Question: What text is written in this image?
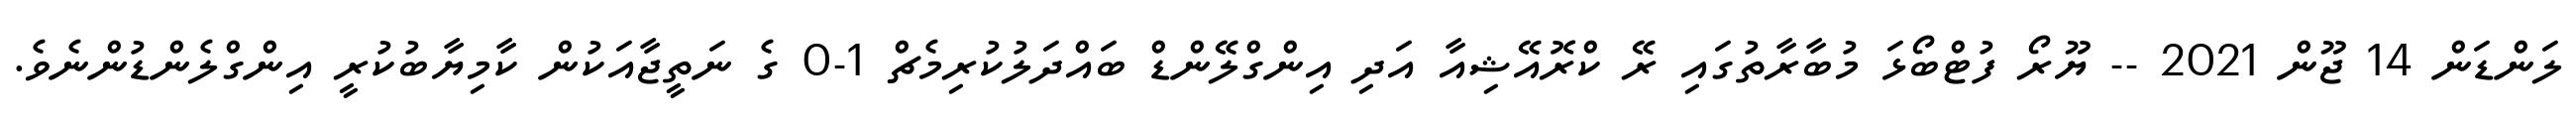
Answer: ލަންޑަން 14 ޖޫން 2021 -- ޔޫރޯ ފުޓްބޯޅަ މުބާރާތުގައި ރޭ ކްރޮއޭޝިއާ އަދި އިންގްލޭންޑް ބައްދަލުކުރިމެޗް 1-0 ގެ ނަތީޖާއަކުން ކާމިޔާބުކުރީ އިންގްލެންޑުންނެވެ.